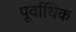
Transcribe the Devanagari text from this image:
पूर्वाधिक